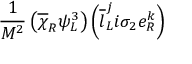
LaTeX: \frac { 1 } { M ^ { 2 } } \left( \overline { { { \chi } } } _ { R } \psi _ { L } ^ { 3 } \right) \left( \overline { { { l } } } _ { L } ^ { j } i \sigma _ { 2 } e _ { R } ^ { k } \right)